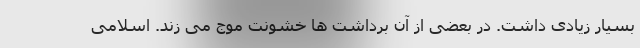
بسیار زیادی داشت. در بعضی از آن برداشت ها خشونت موج می زند. اسلامی